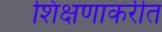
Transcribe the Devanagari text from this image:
शिक्षणाकरीत